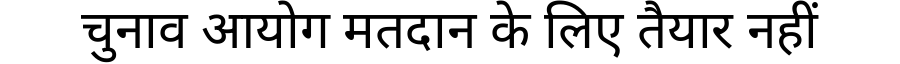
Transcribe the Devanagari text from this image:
चुनाव आयोग मतदान के लिए तैयार नहीं